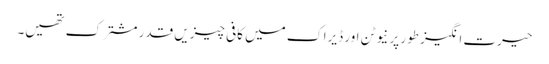
حیرت انگیز طور پر نیوٹن اور ڈیراک میں کافی چیزیں قدر مشترک تھیں۔